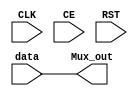
module REG_MUX
#(parameter REG=0,RSTTYPE="SYNC",width=18)

(
input CLK,CE,RST,
input [width-1:0] data,
output reg [width-1:0] Mux_out

);


reg [width-1:0] out_reg,out_reg_sync,out_reg_async;


//for async reset
always@(posedge CLK,posedge RST) begin
if (RST)
	begin
	 out_reg_async<= width-1'b0;
	end
else if (CE)
	     out_reg_async <= data;
else
         out_reg_async <=  width-1'b0;   //??????/
end



//for sync reset
always@(posedge CLK) begin
if (RST)
	begin
	 out_reg_sync<= 18'b0;
	end
else if (CE)
	     out_reg_sync <= data;
else
         out_reg_sync <=  width-1'b0;
end


always@(*) begin
case(REG)
	1'b0: Mux_out=data;
	1'b1: Mux_out=out_reg;
	default: Mux_out=data; //????????/?
endcase
end

always@(*) begin
case(RSTTYPE)
    "SYNC": out_reg=out_reg_sync;
    "ASYNC": out_reg=out_reg_async;
	default: out_reg=out_reg_sync;
endcase
end
endmodule